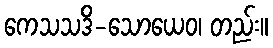
ကေသသဒိ-သောယေဝ၊ တည်း။